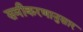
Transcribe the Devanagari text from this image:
समीकरणानुसार